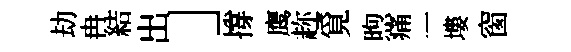
劫冉結出」撐鹰趂覓煦痛一塿窗